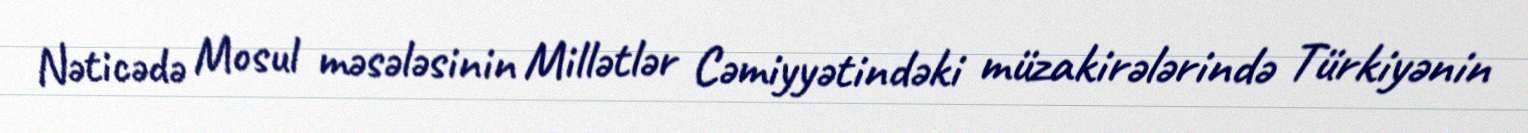
Nəticədə Mosul məsələsinin Millətlər Cəmiyyətindəki müzakirələrində Türkiyənin